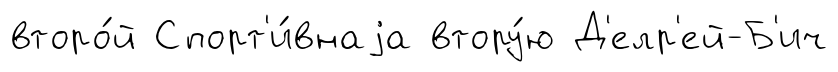
второ́й Спорт'и́внаjа втору́ю Д'елр'ей-Б'ич